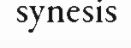
synesis